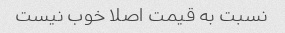
نسبت به قیمت اصلا خوب نیست